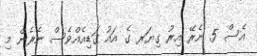
އެސް 5 ނެރޭ އިރު ގިޔަރ ގެ އައު ގަޑިއެއްވެސް ނެރެން މި